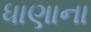
ધાણાના